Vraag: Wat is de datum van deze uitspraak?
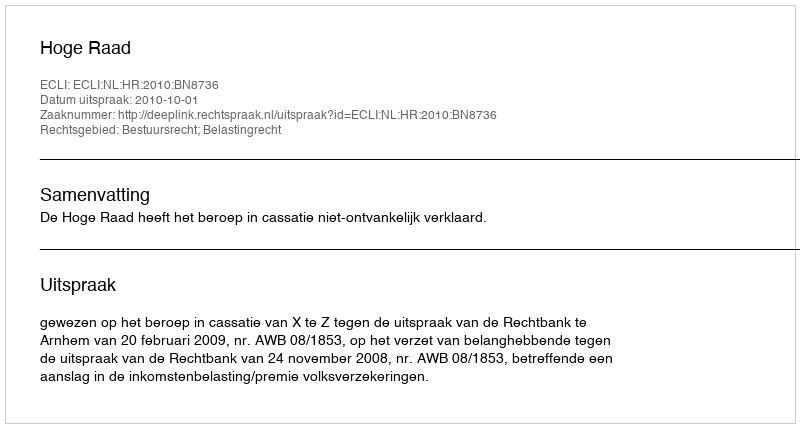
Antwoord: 2010-10-01